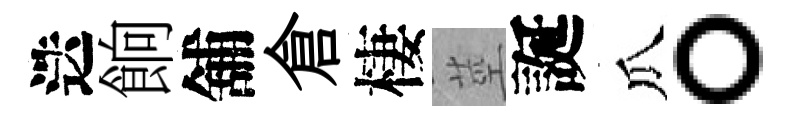
迭餉舖倉棲莖誕瓜。